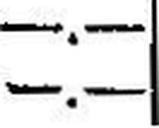
—.—